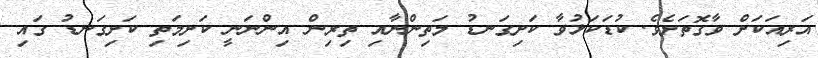
އަރިއަކަށް ވާގޮތަށެވެ. ކުޑަކަޅުވާ ކަށިގަނޑު މަތިންނާއި ތިރިން އިންނަނީ ކަށިމަތި ކަށިގަނޑު ގައި